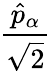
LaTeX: \frac{\hat{p}_{\alpha}}{\sqrt{2}}